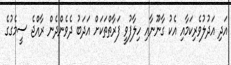
އަދި އަދުލުވެރިކަމާއި އެކު ގާނޫނާއި ހިލާފުވީ ފަރާތްތަކަށް އަދަބު ދެވެންދެން ރާއްޖެ ސީމެގުގެ